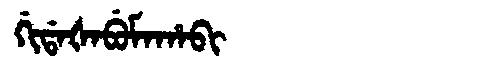
Manchu: ᡤᡳᡩᠠᡧᠠᠪᡠᠮᠠᡥᠠᠪᡳ
Romanization: GIDAŠABUMAHABI